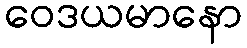
ဝေဒယမာနော